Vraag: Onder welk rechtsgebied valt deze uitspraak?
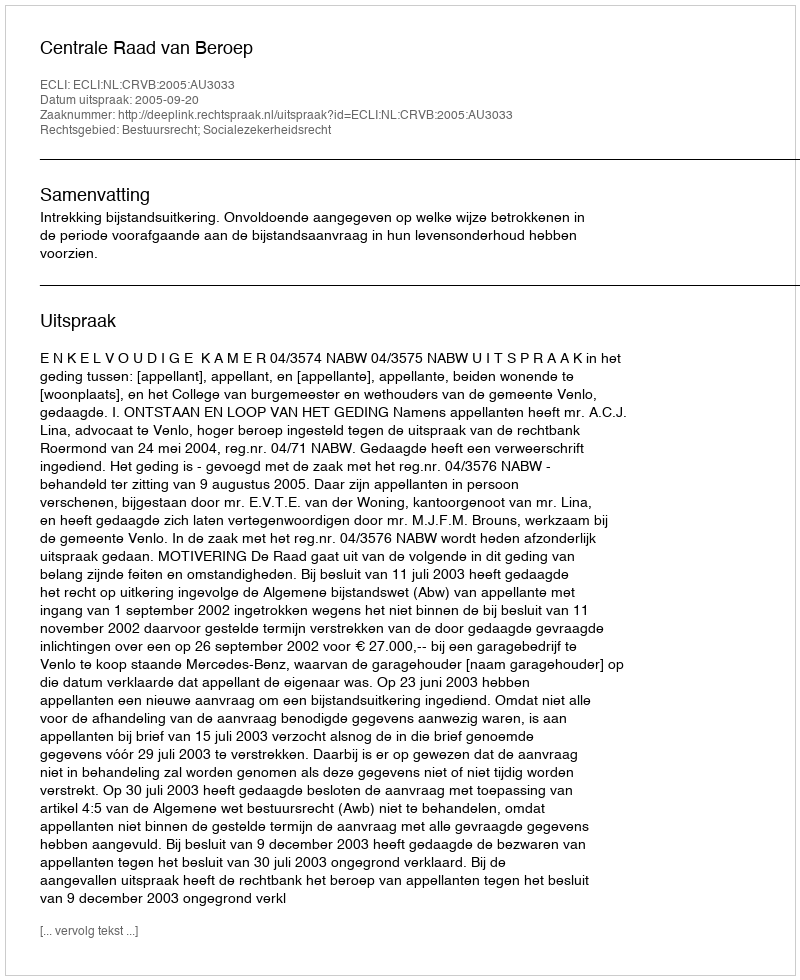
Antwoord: Bestuursrecht; Socialezekerheidsrecht